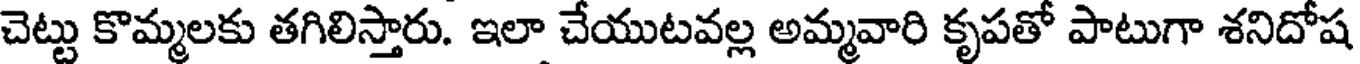
చెట్టు కొమ్మలకు తగిలిస్తారు. ఇలా చేయుటవల్ల అమ్మవారి కృపతో పాటుగా శనిదోష